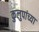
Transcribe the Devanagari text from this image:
कुलुपांच्या